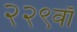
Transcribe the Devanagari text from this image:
२२९वाँ